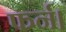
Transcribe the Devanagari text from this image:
फर्न।